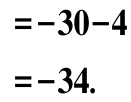
\[
\begin{align*}
&=-30 - 4\\
&=-34.
\end{align*}
\]